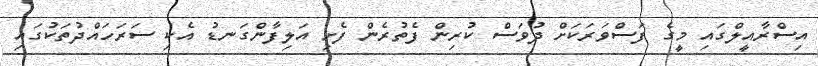
އިސްރާއީލްގައި މީގެ ފަސްވަރަކަށް ދުވަސް ކުރިން ފެތުރެން ފެށި އަލިފާންގަނޑު އެކި ސަރަހައްދުތަކުގައި